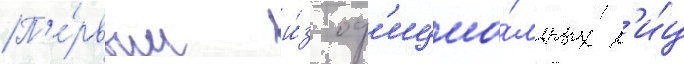
П'е́рвым и́з оф'ициа́льных л'и́ц